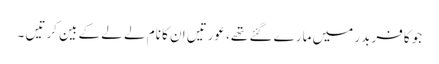
جو کافر بدر میں مارے گئے تھے، عورتیں ان کا نام لے لے کے بین کرتیں ۔